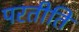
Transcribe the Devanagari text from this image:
परतीति